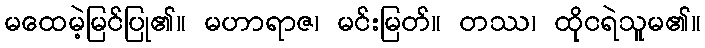
မထေမဲ့မြင်ပြု၏။ မဟာရာဇ၊ မင်းမြတ်။ တဿ၊ ထိုငရဲသူမ၏။